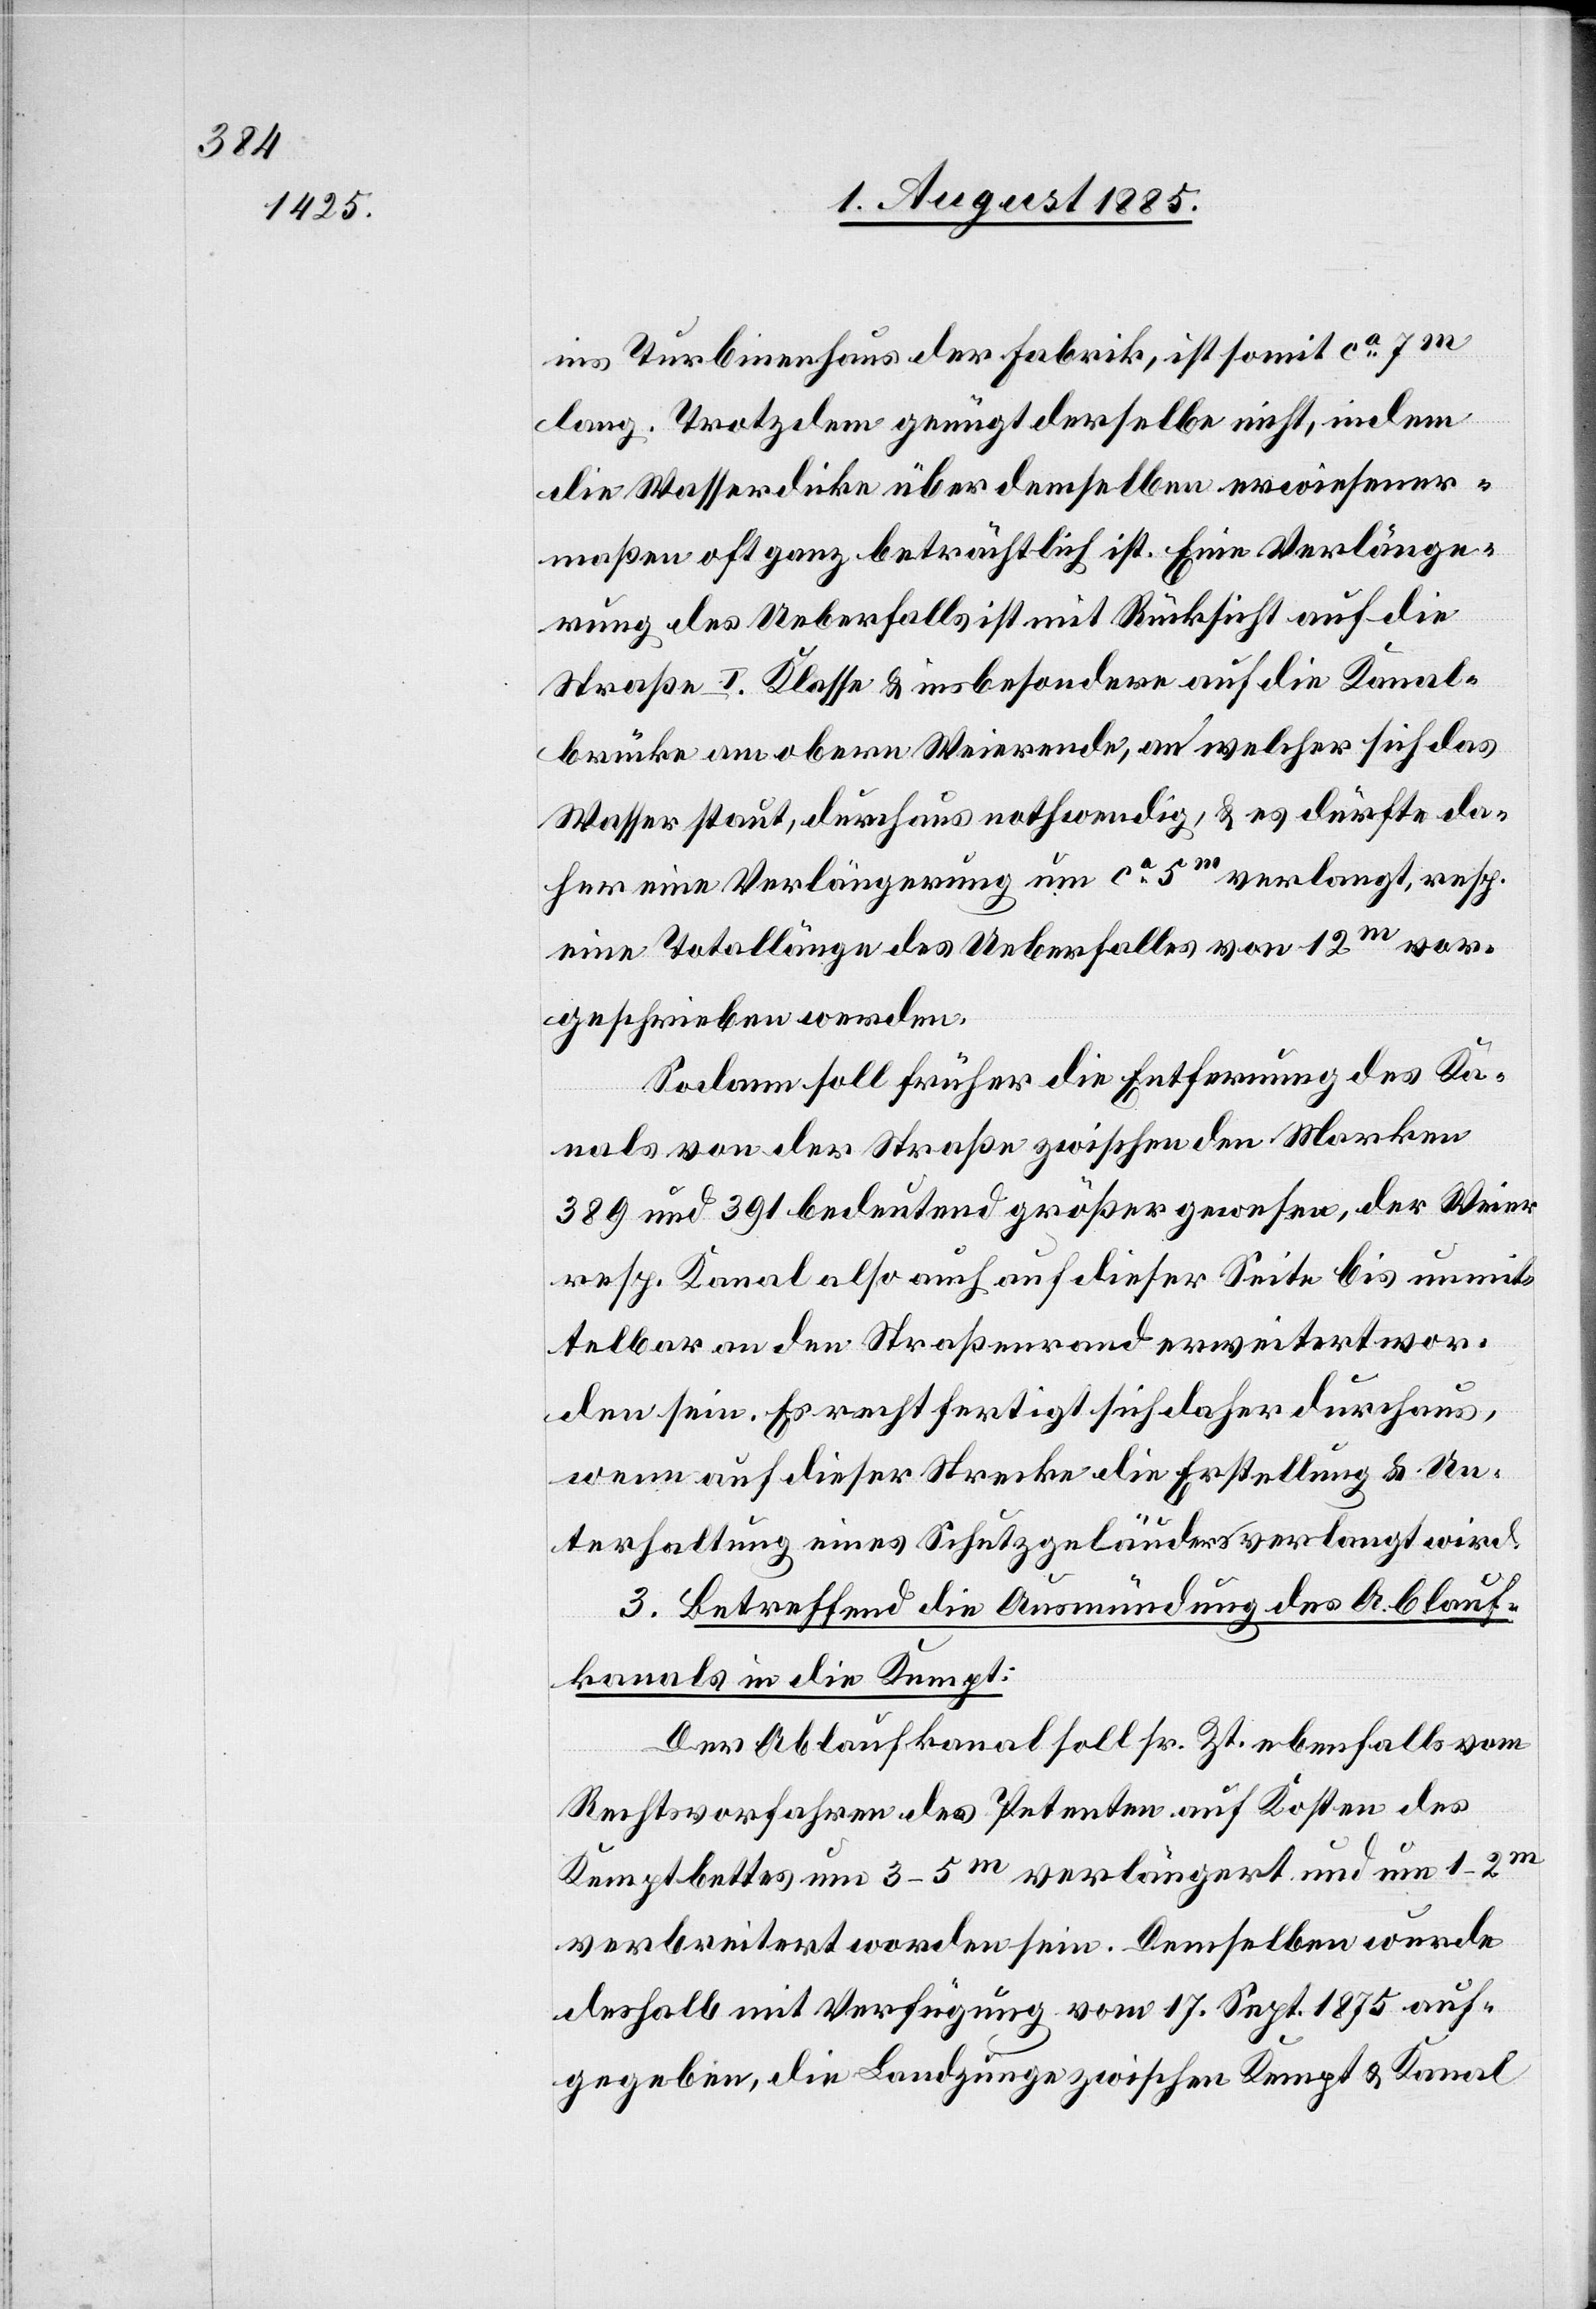
ins Turbinenhaus der Fabrik, ist somit ca 7m
lang. Trotzdem genügt derselbe nicht, indem
die Wasserdicke über demselben erwiesener¬
maßen oft ganz beträchtlich ist. Eine Verlänge¬
rung des Ueberfalls ist mit Rücksicht auf die
Straße I. Klasse & insbesondere auf die Kanal¬
brücke am obern Weierende, an welcher sich das
Wasser staut, durchaus nothwendig, & es dürfte da¬
her eine Verlängerung um ca 5m verlangt, resp.
eine Totallänge des Ueberfalles von 12m vor¬
geschrieben werden.
Sodann soll früher die Entfernung des Ka¬
nals von der Straße zwischen den Marken
389 und 391 bedeutend größer gewesen, der Weier
resp. Kanal also auch auf dieser Seite bis unmit¬
telbar an den Straßenrand erweitert wor¬
den sein. Es rechtfertigt sich daher durchaus,
wenn auf dieser Strecke die Erstellung & Un¬
terhaltung eines Schutzgeländers verlangt wird.
3. Betreffend die Ausmündung des Ablauf¬
kanals in die Kempt:
Der Ablaufkanal soll sr. Zt. ebenfalls vom
Rechtsvorfahren des Petenten auf Kosten des
Kemptbettes um 3–5m verlängert und um 1–2m
verbreitert worden sein. demselben wurde
deshalb mit Verfügung vom 17. Sept. 1875 auf¬
gegeben, die Landzunge zwischen Kempt & Kanal